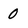
Character: 0